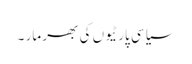
سیاسی پارٹیوں کی بھر مار ۔